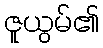
ဇူယွမ်၏